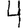
Digit: 4